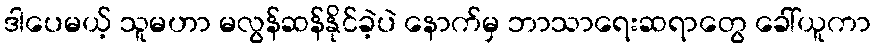
ဒါပေမယ့် သူမဟာ မလွန်ဆန်နိုင်ခဲ့ပဲ နောက်မှ ဘာသာရေးဆရာတွေ ခေါ်ယူကာ